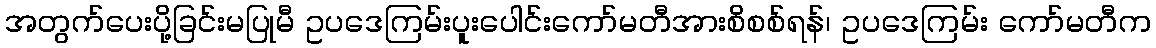
အတွက်ပေးပို့ခြင်းမပြုမီ ဥပဒေကြမ်းပူးပေါင်းကော်မတီအားစိစစ်ရန်၊ ဥပဒေကြမ်း ကော်မတီက